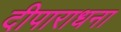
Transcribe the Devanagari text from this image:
दीपाराधना